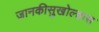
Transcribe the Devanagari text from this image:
जानकीसुखोल्हास